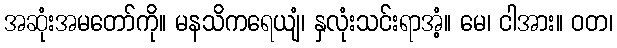
အဆုံးအမတော်ကို။ မနသိကရေယျံ၊ နှလုံးသင်းရာအံ့။ မေ၊ ငါအား။ ဝတ၊